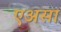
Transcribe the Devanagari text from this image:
एअसा